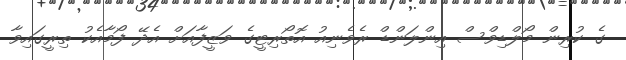
ގެ ކުރިން މޯލްޑިވްސް އިންލަންޑް ރެވެނިއު އޮތޯރިޓީގެ ވަޒީފާއަށް އެދޭ ފޯމާއެކު ތިރީގައިވާ